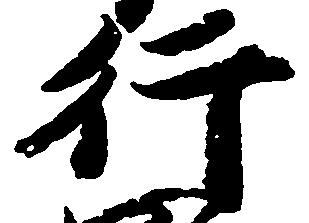
行